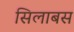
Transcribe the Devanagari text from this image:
सिलाबस